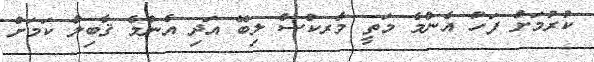
ކުރުމަށް ފަހު އެންމެ މަތީ މާރކްސް ލިބޭ އަދި އެންމެ ޤާބިލް ކަމަށް